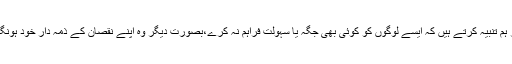
اور ہم تنبیہ کرتے ہیں کہ ایسے لوگوں کو کوئی بھی جگہ یا سہولت فراہم نہ کرے،بصورت دیگر وہ اپنے نقصان کے ذمہ دار خود ہونگے۔